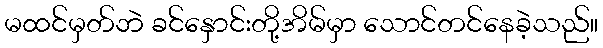
မထင်မှတ်ဘဲ ခင်နှောင်းတို့အိမ်မှာ သောင်တင်နေခဲ့သည်။